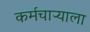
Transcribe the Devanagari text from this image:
कर्मचाऱ्याला